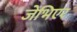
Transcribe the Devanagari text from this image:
जेभिएर